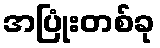
အပြုံးတစ်ခု